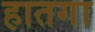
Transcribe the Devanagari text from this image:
हातगा